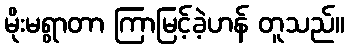
မိုးမရွာတာ ကြာမြင့်ခဲ့ဟန် တူသည်။